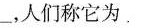
___，人们称它为。